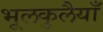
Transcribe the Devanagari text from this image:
भूलकुलैयाँ